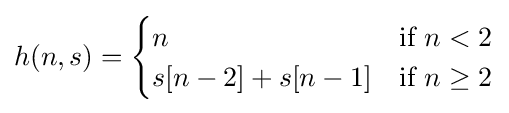
h(n,s)={\begin{cases}n&{\text{if }}n<2\\s[n-2]+s[n-1]&{\text{if }}n\geq 2\end{cases}}